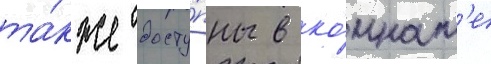
та́кже досту́пны в ко́мнат'е